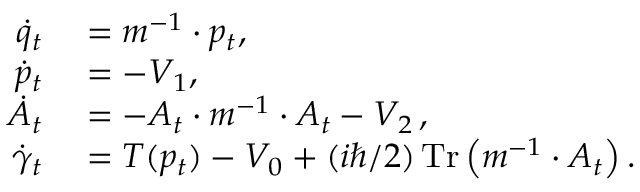
\begin{array} { r l } { \dot { q } _ { t } } & { { } = m ^ { - 1 } \cdot p _ { t } , } \\ { \dot { p } _ { t } } & { { } = - V _ { 1 } , } \\ { \dot { A } _ { t } } & { { } = - A _ { t } \cdot m ^ { - 1 } \cdot A _ { t } - V _ { 2 } \, , } \\ { \dot { \gamma } _ { t } } & { { } = T ( p _ { t } ) - V _ { 0 } + ( i \hbar / 2 ) \operatorname * { T r } \left( m ^ { - 1 } \cdot A _ { t } \right) . } \end{array}